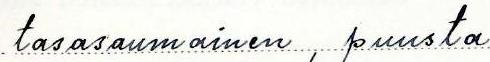
tasasaumainen, puusta